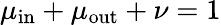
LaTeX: \mu_{\mathrm{in}}+\mu_{\mathrm{out}}+\nu=1